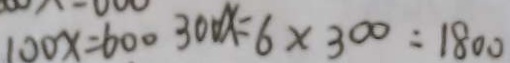
1 0 0 x = 6 0 0 3 0 0 x = 6 \times 3 0 0 = 1 8 0 0